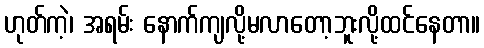
ဟုတ်ကဲ့၊ အရမ်း နောက်ကျလို့မလာတော့ဘူးလို့ထင်နေတာ။